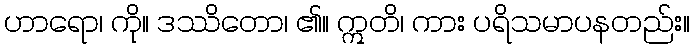
ဟာရော၊ ကို။ ဒဿိတော၊ ၏။ ဣတိ၊ ကား ပရိသမာပနတည်း။